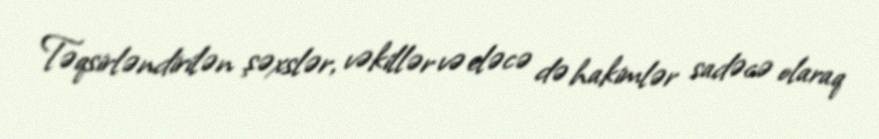
Təqsirləndirilən şəxslər, vəkillər və eləcə də hakimlər sadəcə olaraq